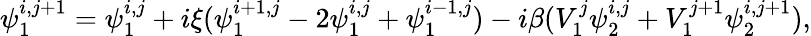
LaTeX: \psi_{1}^{i,j+1}=\psi_{1}^{i,j}+i\xi(\psi_{1}^{i+1,j}-2\psi_{1}^{i,j}+\psi_{1}^{i-1,j})-i\beta(V_{1}^{j}\psi_{2}^{i,j}+V_{1}^{j+1}\psi_{2}^{i,j+1}),